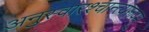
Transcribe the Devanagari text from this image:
अनुस्वारश्चान्त्यरूपम्